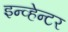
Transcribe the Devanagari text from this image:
इन्व्हेन्टर